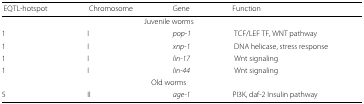
<table><thead><tr><td><b>EQTL-hotspot</b></td><td><b>Chromosome</b></td><td><b>Gene</b></td><td><b>Function</b></td><td colspan="3"></td></tr></thead><tbody><tr><td colspan="4">Juvenile worms</td><td colspan="3"></td></tr><tr><td>1</td><td>I</td><td><i>pop-1</i></td><td>TCF/LEF TF, WNT pathway</td><td colspan="3"></td></tr><tr><td>1</td><td>I</td><td><i>xnp-1</i></td><td>DNA helicase, stress response</td><td colspan="3"></td></tr><tr><td>1</td><td>I</td><td><i>lin-17</i></td><td>Wnt signaling</td><td colspan="3"></td></tr><tr><td>1</td><td>I</td><td><i>lin-44</i></td><td>Wnt signaling</td><td colspan="3"></td></tr><tr><td colspan="4">Old worms</td><td colspan="3"></td></tr><tr><td>5</td><td>II</td><td><i>age-1</i></td><td>PI3K, daf-2 Insulin pathway</td><td colspan="3"></td></tr></tbody></table>